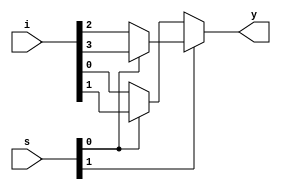
module mux4x1_cond(i,s,y);
	input [3:0]i;
	input [1:0]s;
	output y;

	assign y = s[1] ? (s[0]?i[3]:i[2]):(s[0]?i[1]:i[0]);

endmodule